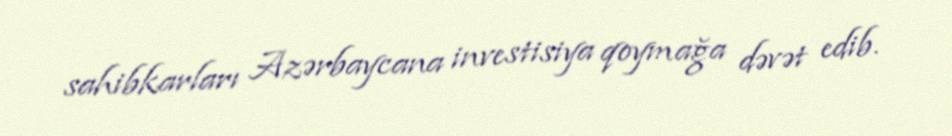
sahibkarları Azərbaycana investisiya qoymağa dəvət edib.